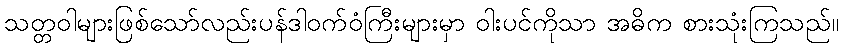
သတ္တဝါများဖြစ်သော်လည်းပန်ဒါဝက်ဝံကြီးများမှာ ဝါးပင်ကိုသာ အဓိက စားသုံးကြသည်။